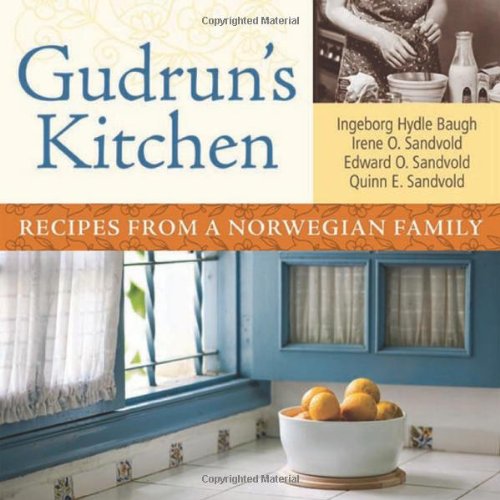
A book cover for Gudrun's Kitchen: Recipes from a Norwegian Family; Irene O. Sandvold; Biographies & Memoirs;